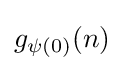
g_{\psi (0)}(n)